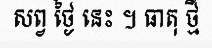
សព្វ ថ្ងៃ នេះ ។ ធាតុ ថ្មី